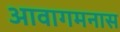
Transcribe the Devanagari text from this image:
आवागमनास